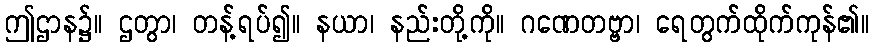
ဤဌာန၌။ ဌတွာ၊ တန့်ရပ်၍။ နယာ၊ နည်းတို့ကို။ ဂဏေတဗ္ဗာ၊ ရေတွက်ထိုက်ကုန်၏။